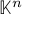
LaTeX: \mathbb { K } ^ { n }